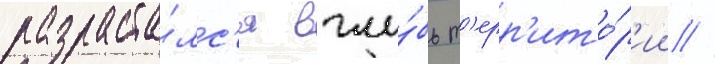
разраста́лс'я вглу́бь т'ерр'ито́р'ии //